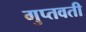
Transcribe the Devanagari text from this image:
गुप्तवती